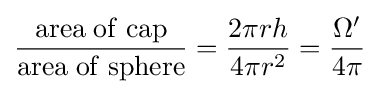
{\frac {\rm {area\;of\;cap}}{\rm {area\;of\;sphere}}}={\frac {2\pi rh}{4\pi r^{2}}}={\frac {\Omega '}{4\pi }}